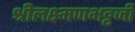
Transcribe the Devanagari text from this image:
श्रीलक्ष्मणभट्टजी